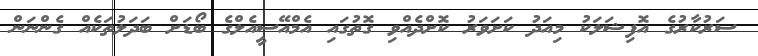
ސަރުކާރުގެ އޮފިޝަލަކު މިއަދު ކަށަވަރު ކޮށްދެއްވި ގޮތުގައި އެމްއޭސީއެލްގެ ބޯޑަށް ބަދަލުތަކެއް ގެންނަން